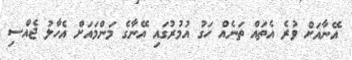
އޭނާއަށް ވުރެ އެތައް ތަނެއް ހަގު އުމުރުގައި އޭނާގެ މަންމައަށް އެހާލު ޖެއްސި